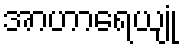
အာဟာရေယျုံ